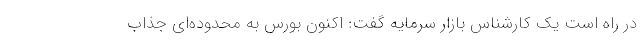
در راه است یک کارشناس بازار سرمایه گفت: اکنون بورس به محدوده‌ای جذاب